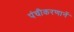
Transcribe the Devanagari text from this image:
पंचीकरणानें